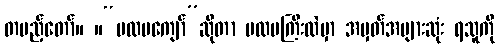
တပည့်တော်။ ။“ပထမကျော်”ဆိုတာ ပထမကြီးထဲမှာ အမှတ်အများဆုံး ရသူကို